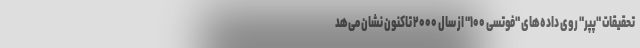
تحقیقات "پپر" روی داده‌های "فوتسی ۱۰۰" از سال ۲۰۰۰ تا‌کنون نشان می‌هد